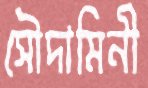
সৌদামিনী